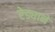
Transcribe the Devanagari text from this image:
रेड्याने